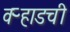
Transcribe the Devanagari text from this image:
वऱ्हाडची